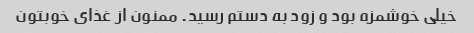
خیلی خوشمزه بود و زود به دستم رسید. ممنون از غذای خوبتون